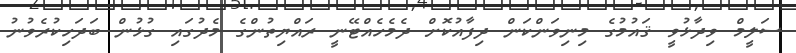
ސަލީމް ވިދާޅުވީ ޤައުމުގެ މިނިވަންކަން ދިފާއުކޮށް ދެމެހެއްޓޭނީ ރައްޔިތުންގެ މެދުގައި ގުޅުން ބަދަހިކުރެވުނު